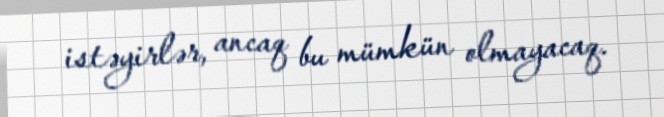
istəyirlər, ancaq bu mümkün olmayacaq.